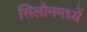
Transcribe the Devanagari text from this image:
सिलोनमध्यें